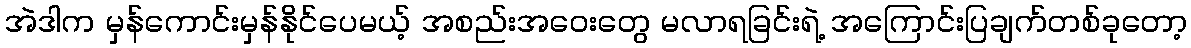
အဲဒါက မှန်ကောင်းမှန်နိုင်ပေမယ့် အစည်းအဝေးတွေ မလာရခြင်းရဲ့ အကြောင်းပြချက်တစ်ခုတော့